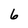
Character: 6